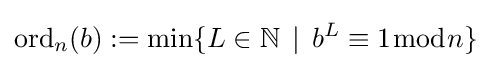
\operatorname {ord} _{n}(b):=\min\{L\in \mathbb {N} \,\mid \,b^{L}\equiv 1{\bmod {n}}\}